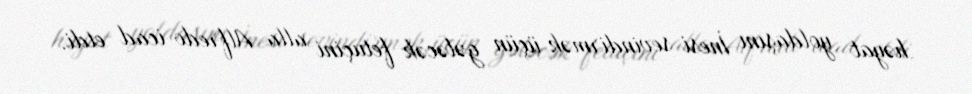
həyat yoldaşını İnesi sevindirmək üçün gələcək fetuçini alla Alfredo icad etdi.